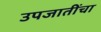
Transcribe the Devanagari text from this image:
उपजातींचा